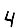
Digit: 4